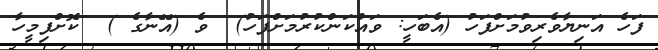
ފަހެ އަނިޔާވެރިވުމަށްފަހު (އެބަހީ: ވައްކަންކުރުމަށްފަހު)  ވެ (އޭނާގެ )  ކޮށްފިމީހާ